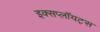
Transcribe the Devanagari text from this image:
इक्सप्लॉयट्स